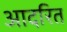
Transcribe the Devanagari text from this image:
आदरित